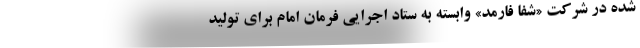
شده در شرکت «شفا فارمد» وابسته به ستاد اجرایی فرمان امام برای تولید